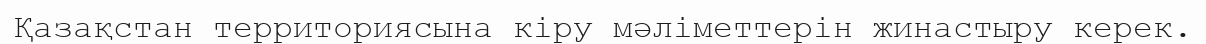
Қазақстан территориясына кіру мәліметтерін жинастыру керек.